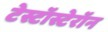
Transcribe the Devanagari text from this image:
टेस्टॉस्टेरॉन